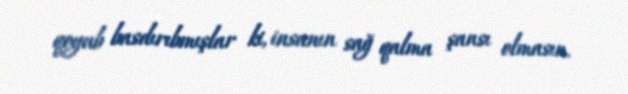
qoyub basdırıbmışlar ki, insanın sağ qalma şansı olmasın.